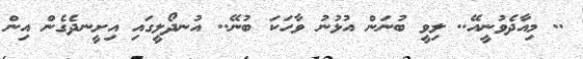
.. މިއާދެވުނީއޭ.. ލިވީ ބުނަން އުޅުނު ވާހަކަ ބުނޭ.. އުނދޯލީގައި އިށީނދެގެން އިން